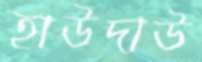
হাউদাউ